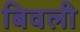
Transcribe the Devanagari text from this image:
बिवली